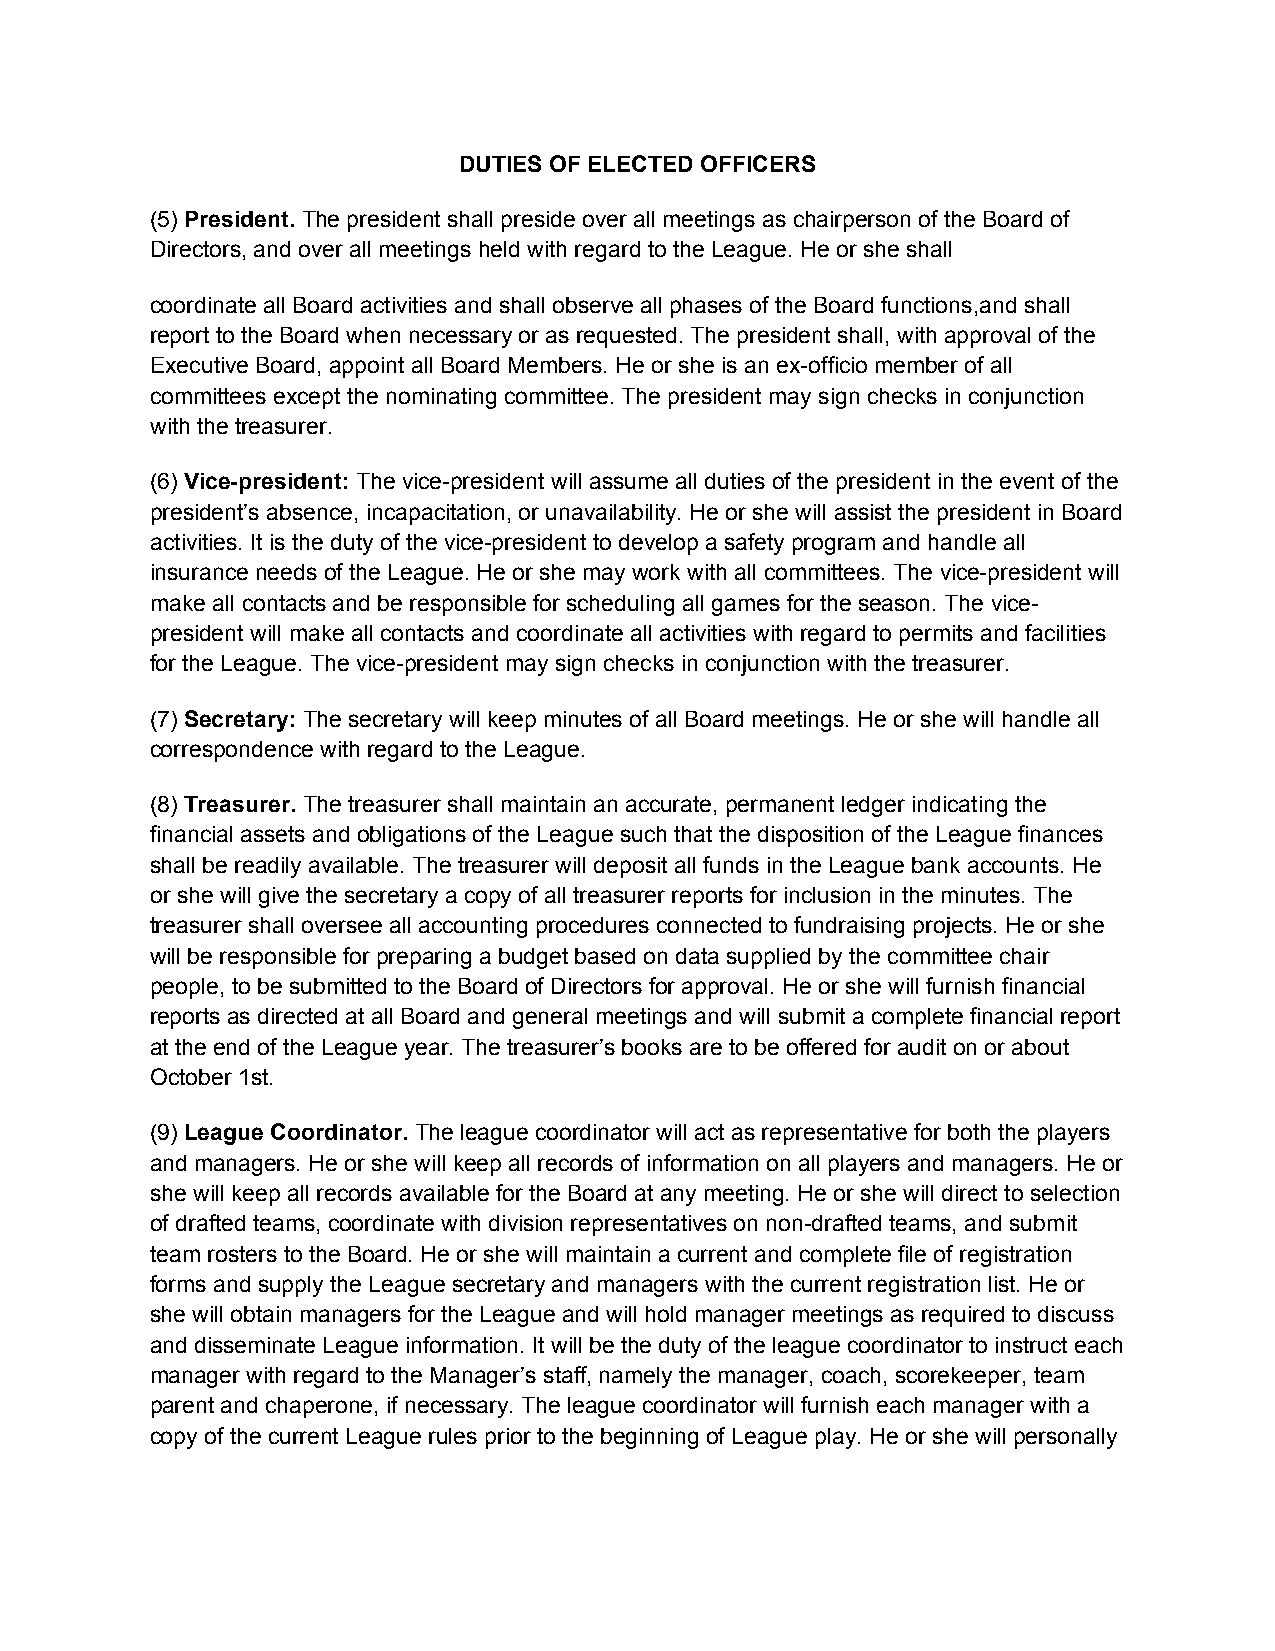
DUTIES OF ELECTED OFFICERS
 (5) President. The president shall preside over all meetings as chairperson of the Board of
 Directors, and over all meetings held with regard to the League. He or she shall
 coordinate all Board activities and shall observe all phases of the Board functions,and shall
 report to the Board when necessary or as requested. The president shall, with approval of the
 Executive Board, appoint all Board Members. He or she is an ex-officio member of all
 committees except the nominating committee. The president may sign checks in conjunction
 with the treasurer.
 (6) Vice-president: The vice-president will assume all duties of the president in the event of the
 president’s absence, incapacitation, or unavailability. He or she will assist the president in Board
 activities. It is the duty of the vice-president to develop a safety program and handle all
 insurance needs of the League. He or she may work with all committees. The vice-president will
 make all contacts and be responsible for scheduling all games for the season. The vice-
 president will make all contacts and coordinate all activities with regard to permits and facilities
 for the League. The vice-president may sign checks in conjunction with the treasurer.
 (7) Secretary: The secretary will keep minutes of all Board meetings. He or she will handle all
 correspondence with regard to the League.
 (8) Treasurer. The treasurer shall maintain an accurate, permanent ledger indicating the
 financial assets and obligations of the League such that the disposition of the League finances
 shall be readily available. The treasurer will deposit all funds in the League bank accounts. He
 or she will give the secretary a copy of all treasurer reports for inclusion in the minutes. The
 treasurer shall oversee all accounting procedures connected to fundraising projects. He or she
 will be responsible for preparing a budget based on data supplied by the committee chair
 people, to be submitted to the Board of Directors for approval. He or she will furnish financial
 reports as directed at all Board and general meetings and will submit a complete financial report
 at the end of the League year. The treasurer’s books are to be offered for audit on or about
 October 1st.
 (9) League Coordinator. The league coordinator will act as representative for both the players
 and managers. He or she will keep all records of information on all players and managers. He or
 she will keep all records available for the Board at any meeting. He or she will direct to selection
 of drafted teams, coordinate with division representatives on non-drafted teams, and submit
 team rosters to the Board. He or she will maintain a current and complete file of registration
 forms and supply the League secretary and managers with the current registration list. He or
 she will obtain managers for the League and will hold manager meetings as required to discuss
 and disseminate League information. It will be the duty of the league coordinator to instruct each
 manager with regard to the Manager’s staff, namely the manager, coach, scorekeeper, team
 parent and chaperone, if necessary. The league coordinator will furnish each manager with a
 copy of the current League rules prior to the beginning of League play. He or she will personally